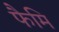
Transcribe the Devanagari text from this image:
फैमि